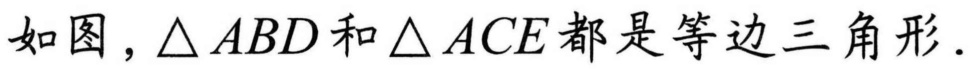
如图，\(\triangle ABD\)和\(\triangle ACE\)都是等边三角形.